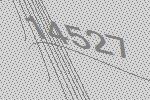
14527